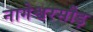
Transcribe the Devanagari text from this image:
नागेश्वरसौड़